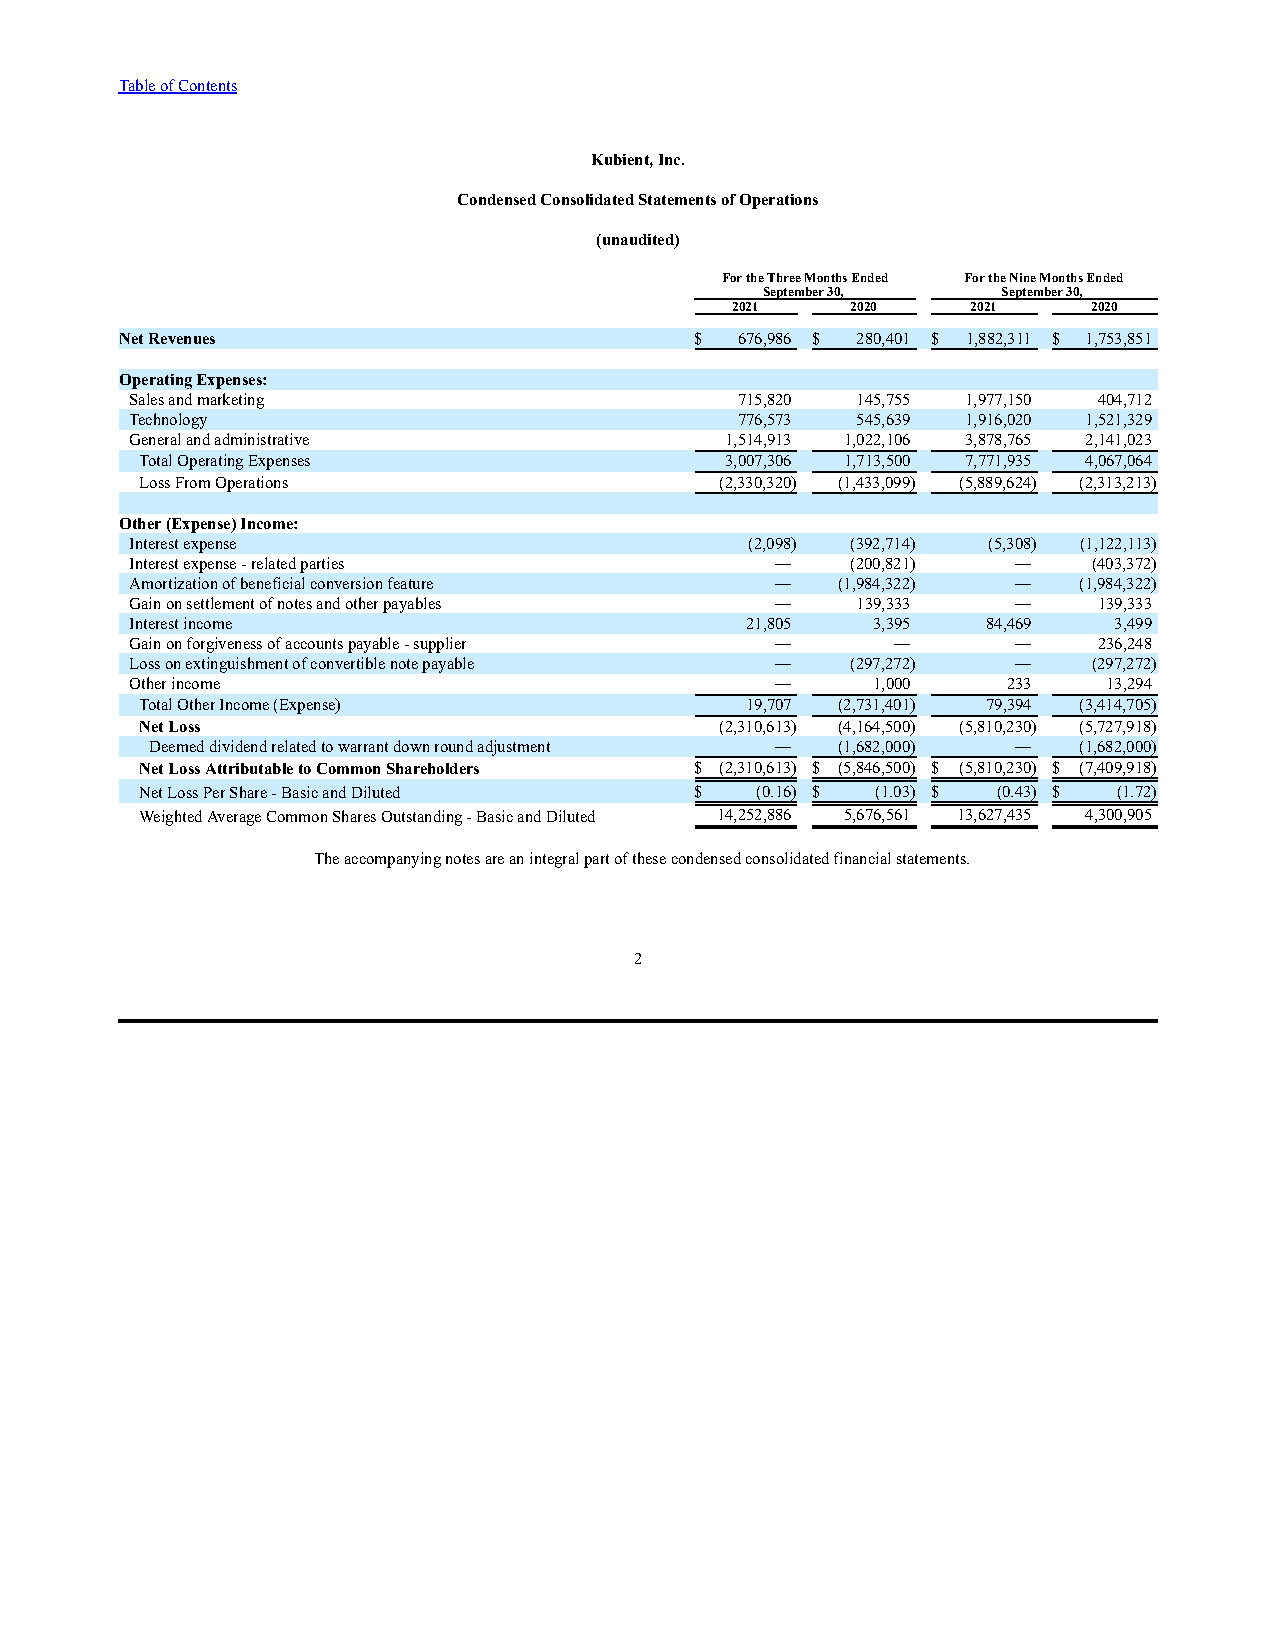
Table of Contents
 Kubient, Inc.
 Condensed Consolidated Statements of Operations
 (unaudited)
 For the Three Months Ended For the Nine Months Ended
 September 30,   September 30,
 2021    2020    2021    2020
 Net Revenues                          $  676,986 $ 280,401 $ 1,882,311 $ 1,753,851
 Operating Expenses:
 Sales and marketing                     715,820 145,755 1,977,150 404,712
 Technology                              776,573 545,639 1,916,020 1,521,329
 General and administrative             1,514,913 1,022,106 3,878,765 2,141,023
 Total Operating Expenses               3,007,306 1,713,500 7,771,935 4,067,064
 Loss From Operations                   (2,330,320) (1,433,099) (5,889,624) (2,313,213)
 Other (Expense) Income:
 Interest expense                         (2,098) (392,714) (5,308) (1,122,113)
 Interest expense - related parties        —    (200,821)  —    (403,372)
 Amortization of beneficial conversion feature — (1,984,322) — (1,984,322)
 Gain on settlement of notes and other payables — 139,333  —     139,333
 Interest income                         21,805   3,395  84,469   3,499
 Gain on forgiveness of accounts payable - supplier — —    —     236,248
 Loss on extinguishment of convertible note payable — (297,272) — (297,272)
 Other income                              —      1,000    233   13,294
 Total Other Income (Expense)            19,707 (2,731,401) 79,394 (3,414,705)
 Net Loss                               (2,310,613) (4,164,500) (5,810,230) (5,727,918)
 Deemed dividend related to warrant down round adjustment — (1,682,000) — (1,682,000)
 Net Loss Attributable to Common Shareholders $ (2,310,613) $ (5,846,500) $ (5,810,230) $ (7,409,918)
 Net Loss Per Share - Basic and Diluted $ (0.16) $ (1.03) $ (0.43) $ (1.72)
 Weighted Average Common Shares Outstanding - Basic and Diluted 14,252,886 5,676,561 13,627,435 4,300,905
 The accompanying notes are an integral part of these condensed consolidated financial statements.
 2